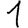
Digit: 1